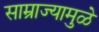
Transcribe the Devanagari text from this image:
साम्राज्यामुळे